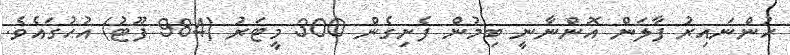
ހުންނައިރު ފާލަން އޮންނާނީ ބިމުން ފެށިގެން 300 މީޓަރު (984 ފޫޓު) އުހުގައެވެ.